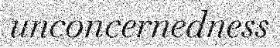
unconcernedness